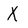
Character: X